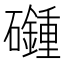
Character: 𥗦